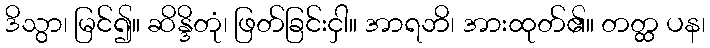
ဒိသွာ၊ မြင်၍။ ဆိန္ဒိတုံ၊ ဖြတ်ခြင်းငှါ။ အာရဘိ၊ အားထုတ်၏။ တတ္ထ ပန၊